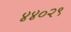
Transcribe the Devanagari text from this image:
४४०२९